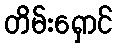
တိမ်းရှောင်